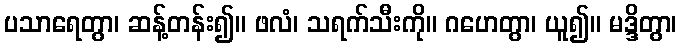
ပသာရေတွာ၊ ဆန့်တန်း၍။ ဖလံ၊ သရက်သီးကို။ ဂဟေတွာ၊ ယူ၍။ မဒ္ဒိတွာ၊